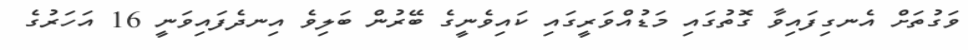
ވަގުތަށް އެނގިފައިވާ ގޮތުގައި މަޑުއްވަރީގައި ކައިވެނީގެ ބޭރުން ބަލިވެ އިނދެފައިވަނީ 16 އަހަރުގެ